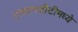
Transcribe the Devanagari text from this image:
एसएनडीटीमध्ये